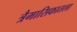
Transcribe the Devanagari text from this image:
त्रैमासिकातला